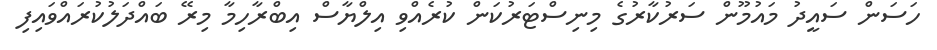
ހަސަން ސައީދު މައުމޫން ސަރުކާރުގެ މިނިސްޓަރުކަން ކުރެއްވި އިލްޔާސް އިބްރާހިމާ މިރޭ ބައްދަލުކުރައްވައިފި